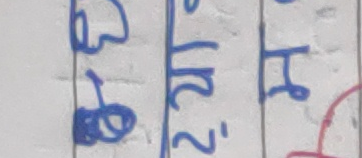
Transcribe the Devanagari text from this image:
३,१५ 2.18 4